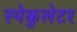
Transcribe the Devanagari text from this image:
स्पेकुलेटर